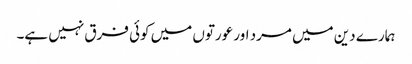
ہمارے دین میں مرد اور عورتوں میں کوئی فرق نہیں ہے۔